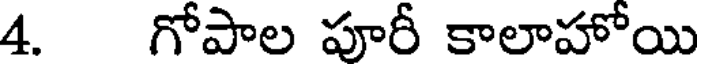
4. గోపాల పూరీ కాలాహోయి